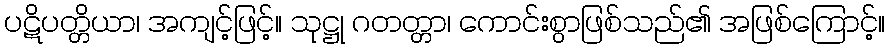
ပဋိပတ္တိယာ၊ အကျင့်ဖြင့်။ သုဋ္ဌု ဂတတ္တာ၊ ကောင်းစွာဖြစ်သည်၏ အဖြစ်ကြောင့်။